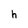
Character: h